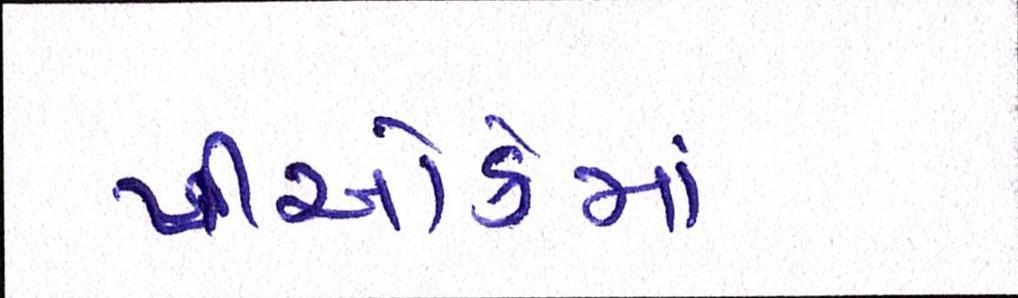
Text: પીઓકેમાં